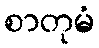
စာတုမံ